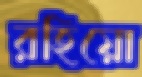
রহিয়ো